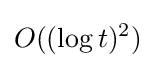
O((\log t)^{2})